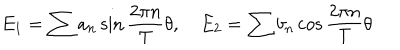
E _ { 1 } = \sum { a _ { n } } \sin \frac { 2 \pi n } { T } \theta , \quad E _ { 2 } = \sum { b _ { n } } \cos \frac { 2 \pi n } { T } \theta